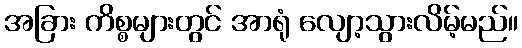
အခြား ကိစ္စများတွင် အာရုံ လျော့သွားလိမ့်မည်။